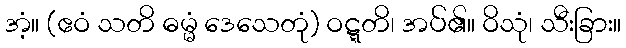
အံ့။ (ဧဝံ သတိ ဓမ္မံ ဒေသေတုံ) ဝဋ္ဋတိ၊ အပ်၏။ ဝိသုံ၊ သီးခြား။